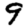
Digit: 9